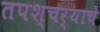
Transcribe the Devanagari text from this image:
तपश्चर्याचे